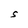
Character: S